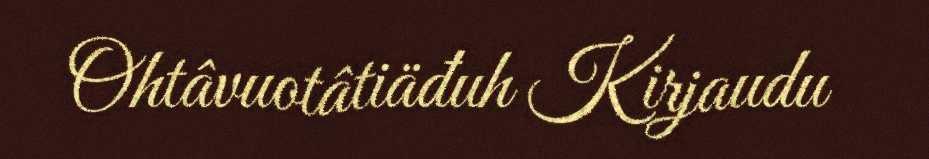
Ohtâvuotâtiäđuh Kirjaudu